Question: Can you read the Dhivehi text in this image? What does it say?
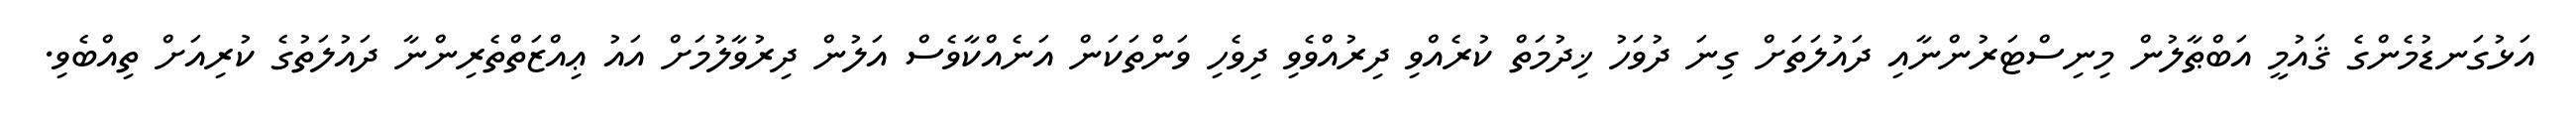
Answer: އަޅުގަނޑުމެންގެ ޤައުމީ އަބްޠާލުން މިނިސްޓަރުންނާއި ދައުލަތަށް ގިނަ ދުވަހު ޚިދުމަތް ކުރެއްވި ދިރުއްވެވި ދިވެހި ވަންތަކަން އަނެއްކާވެސް އަލުން ދިރުވާލުމަށް އައު ޢިއްޒަތްތެރިންނާ ދައުލަތުގެ ކުރިއަށް ތިއްބެވި.